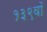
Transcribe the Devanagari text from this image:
१३९वॉ